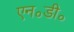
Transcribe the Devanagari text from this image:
एन॰डी॰